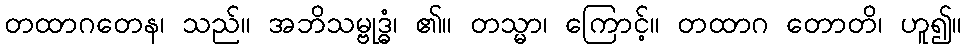
တထာဂတေန၊ သည်။ အဘိသမ္ဗုဒ္ဓံ၊ ၏။ တသ္မာ၊ ကြောင့်။ တထာဂ တောတိ၊ ဟူ၍။